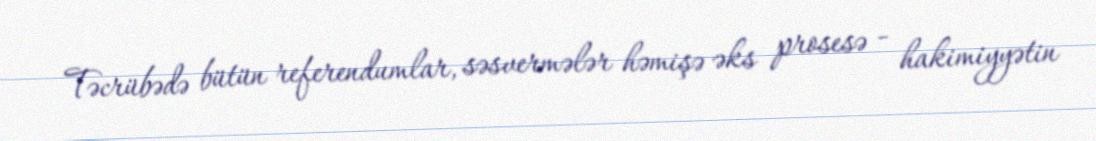
Təcrübədə bütün referendumlar, səsvermələr həmişə əks prosesə - hakimiyyətin